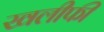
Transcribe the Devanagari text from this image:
खलीफी